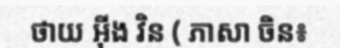
ថាយ អ៊ីង វិន ( ភាសា ចិន៖